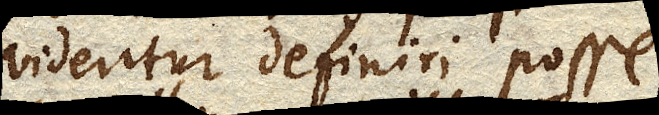
videntur definiri posse.